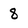
Character: 8